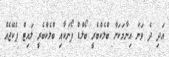
އަދި ދެ ވަނަ އިނާމަކަށް ބްލެކްބެރީ ބޯލްޑް ފޯނަކާއި ބްލެކްބެރީ ލައިޓް ޕެކޭޖެއް